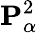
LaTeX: {\mathbf{P}}_{\alpha}^{2}